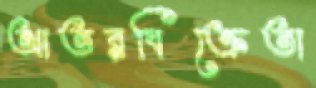
আতরবিক্রেতা